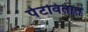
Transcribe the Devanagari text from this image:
पेटवितात